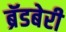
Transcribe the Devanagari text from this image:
ब्रॅडबेरी